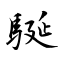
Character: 駳